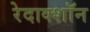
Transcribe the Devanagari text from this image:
रेदाक्शॉन